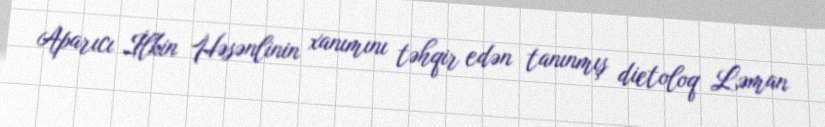
Aparıcı İlkin Həsənlinin xanımını təhqir edən tanınmış dietoloq Ləman